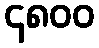
၄၈၀၀